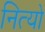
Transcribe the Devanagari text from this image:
नित्यो